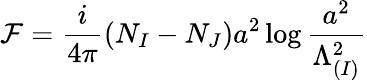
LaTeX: {\cal F}=\frac{i}{4\pi}\left(N_{I}-N_{J}\right)a^{2}\log\frac{a^{2}}{\Lambda_{(I)}^{2}}